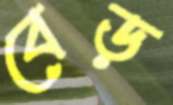
বেড়